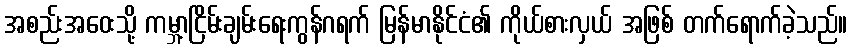
အစည်းအဝေးသို့ ကမ္ဘာ့ငြိမ်းချမ်းရေးကွန်ဂရက် မြန်မာနိုင်ငံ၏ ကိုယ်စားလှယ် အဖြစ် တက်ရောက်ခဲ့သည်။